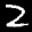
Label: 2